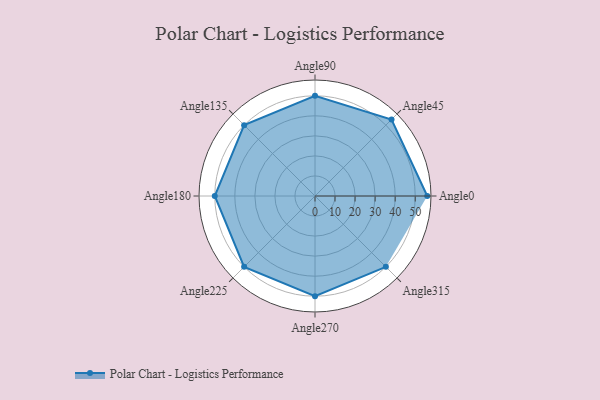
{"axis": {"x": "Angle", "y": "Radius"}, "legend": [""], "data": [{"x": "Angle0", "y": 56.0, "type": ""}, {"x": "Angle45", "y": 54.0, "type": ""}, {"x": "Angle90", "y": 50, "type": ""}, {"x": "Angle135", "y": 50, "type": ""}, {"x": "Angle180", "y": 50, "type": ""}, {"x": "Angle225", "y": 50, "type": ""}, {"x": "Angle270", "y": 50, "type": ""}, {"x": "Angle315", "y": 50, "type": ""}]}